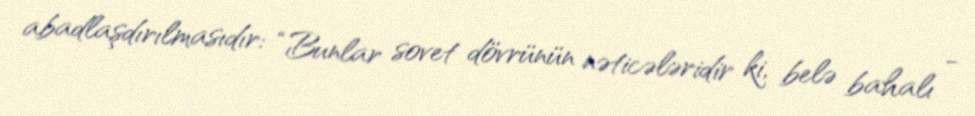
abadlaşdırılmasıdır: “Bunlar sovet dövrünün nəticələridir ki, belə bahalı -